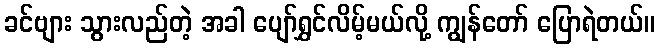
ခင်ဗျား သွားလည်တဲ့ အခါ ပျော်ရွှင်လိမ့်မယ်လို့ ကျွန်တော် ပြောရဲတယ်။